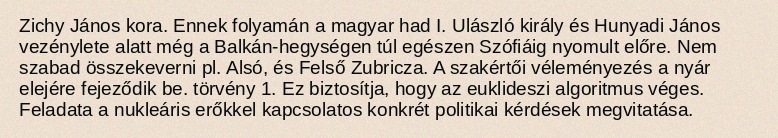
Zichy János kora. Ennek folyamán a magyar had I. Ulászló király és Hunyadi János vezénylete alatt még a Balkán-hegységen túl egészen Szófiáig nyomult előre. Nem szabad összekeverni pl. Alsó, és Felső Zubricza. A szakértői véleményezés a nyár elejére fejeződik be. törvény 1. Ez biztosítja, hogy az euklideszi algoritmus véges. Feladata a nukleáris erőkkel kapcsolatos konkrét politikai kérdések megvitatása.